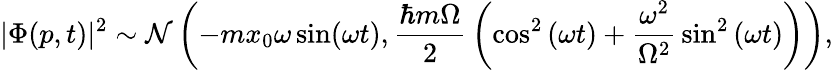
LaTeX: |\Phi(p,t)|^{2}\sim{\mathcal{N}}\left(-mx_{0}\omega\sin(\omega t),{\frac{\hbar m\Omega}{2}}\left(\cos^{2}{(\omega t)}+{\frac{\omega^{2}}{\Omega^{2}}}\sin^{2}{(\omega t)}\right)\right),